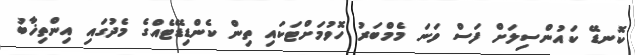
ކޮނޑޭ ކައުންސިލަށް ފަސް ވަނަ މެމްބަރު ހޮވުމަށްޓަކައި ތިން ކެންޑިޑޭޓެއްގެ މެދުގައި އިންތިޚާބު